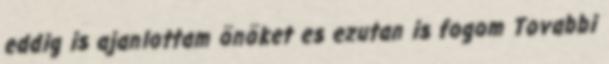
eddig is ajanlottam önöket es ezutan is fogom Tovabbi